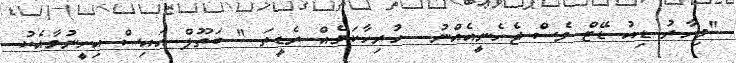
''މިހާރު ޑިއު ޑޭޓް ވެސް ޖެހެނީއެއްނު... ހުރިހާކަމެއް ރެޑީތަ...'' ބަތޫލް އައިސް އިށީނުމާއެކު